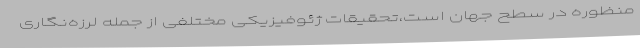
منظوره در سطح جهان است،تحقیقات ژئوفیزیکی مختلفی از جمله لرزه‌نگاری